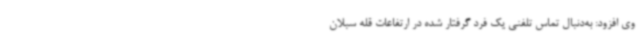
وی افزود: به‌دنبال تماس تلفنی یک فرد گرفتار شده در ارتفاعات قله سبلان